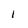
Character: l